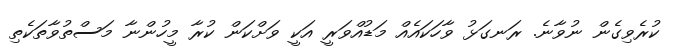
ކުރެވިގެން ނުވާނެ. ރަނގަޅު ވާހަކައެއް މަޑުއްވަރީ އަކީ ވަށްކަން ކުރާ މީހުންނާ މަސްތުވާތަކެތި